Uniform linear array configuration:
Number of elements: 4
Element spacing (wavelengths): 0.75
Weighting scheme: blackman
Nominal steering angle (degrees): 0
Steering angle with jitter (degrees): -0.3096
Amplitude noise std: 0.05
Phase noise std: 0.05

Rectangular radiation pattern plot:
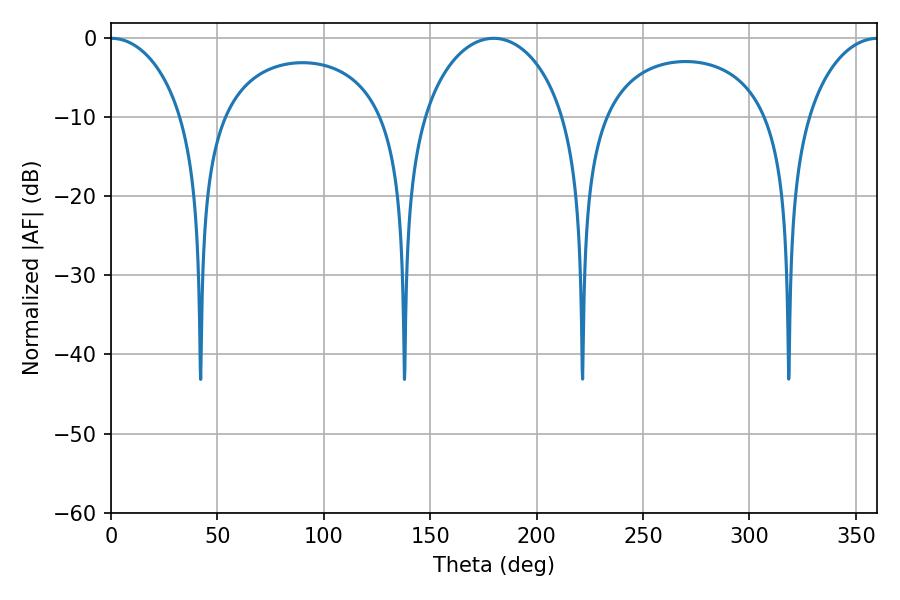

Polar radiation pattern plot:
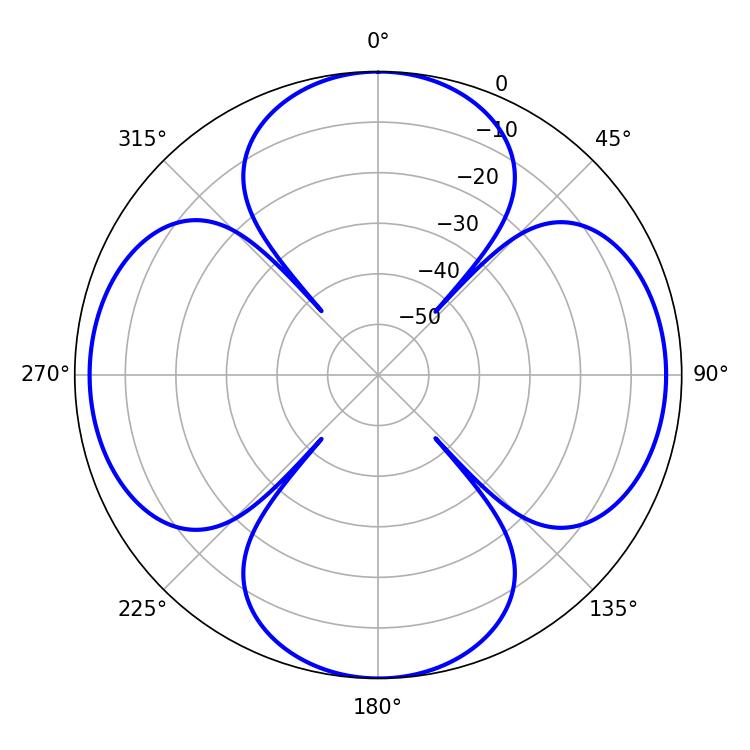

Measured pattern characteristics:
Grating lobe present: TRUE
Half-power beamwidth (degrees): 19.62
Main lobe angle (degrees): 0.18